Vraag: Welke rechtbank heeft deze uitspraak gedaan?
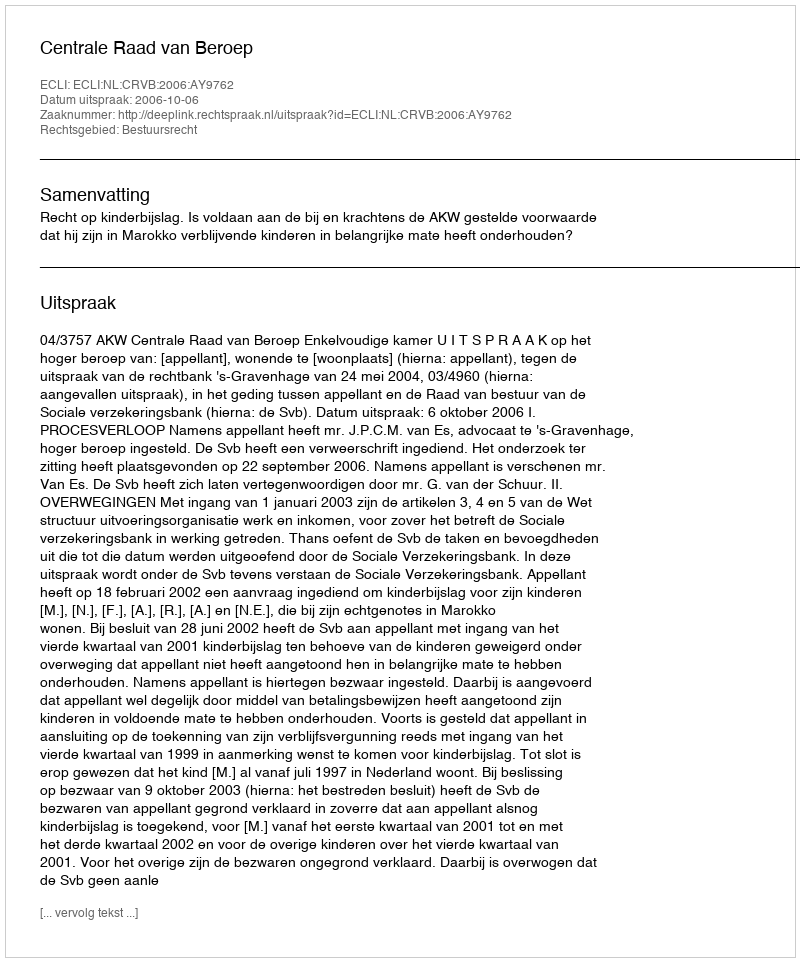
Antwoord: Centrale Raad van Beroep